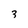
Character: 3